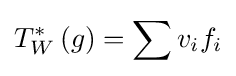
T_{W}^{\ast }\left(g\right)=\sum v_{i}f_{i}